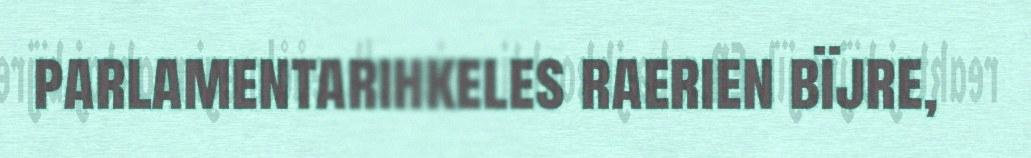
parlamentarihkeles raerien bïjre,